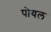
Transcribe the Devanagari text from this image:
पोयल